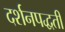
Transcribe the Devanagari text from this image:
दर्शनपद्धती